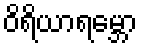
ဝိရိယာရမ္ဘော